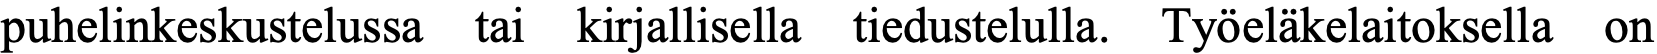
puhelinkeskustelussa tai kirjallisella tiedustelulla. Työeläkelaitoksella on